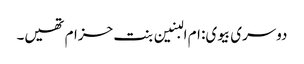
دوسری بیوی: ام البنین بنت حزام تھیں۔